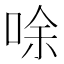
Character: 唋